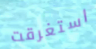
استغرقت